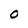
Character: O